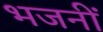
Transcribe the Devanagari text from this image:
भजनीं